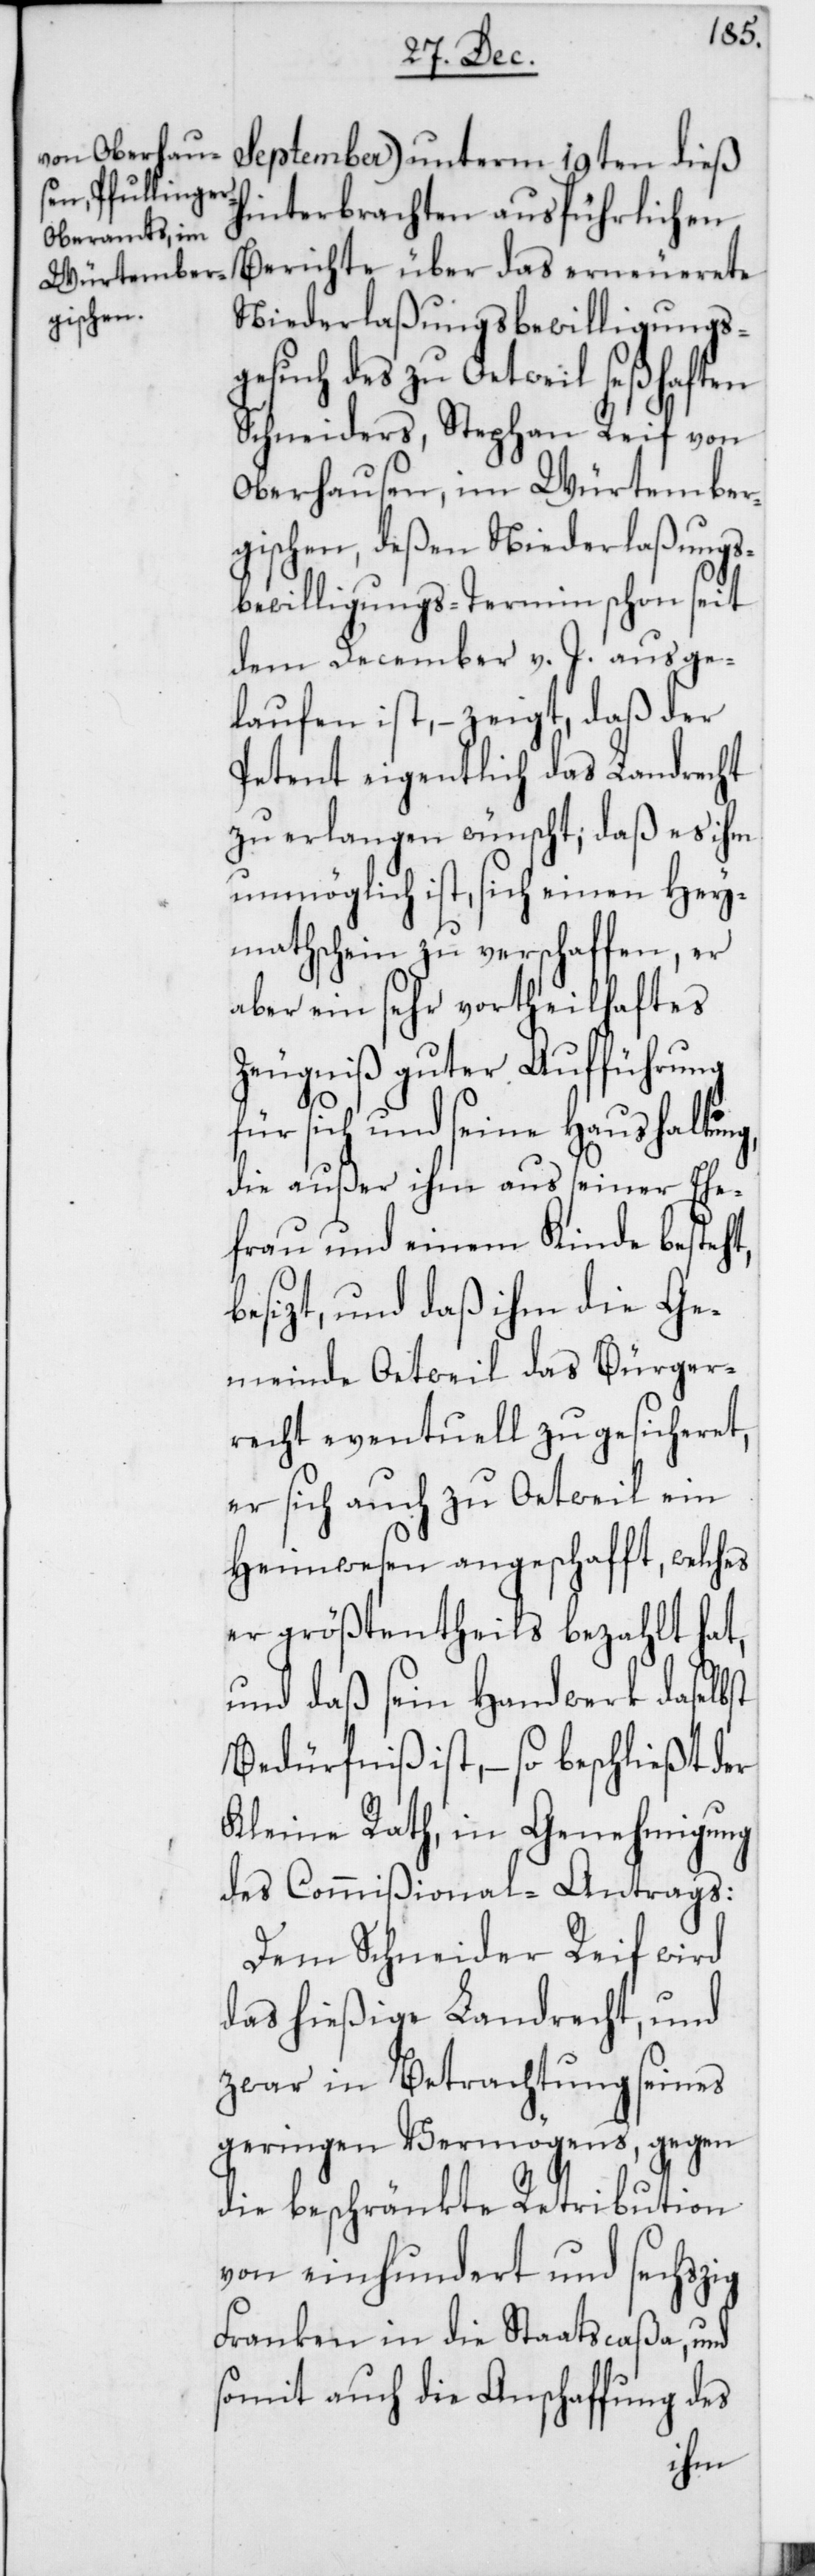
September) unterm 19ten dieß
hinterbrachten ausführlichen
Berichte über das erneuerete
Niederlaßungsbewilligungs¬
gesuch des zu Oetweil seßhaften
Schneiders, Stephan Reif von
Oberhausen, im Würtember¬
gischen, deßen Niederlaßungs¬
bewilligungs-Termin schon seit
dem December v. J. ausge¬
laufen ist, – zeigt, daß der
Petent eigentlich das Landrecht
zu erlangen wünscht; daß es ihm
unmöglich ist, sich einen Hey¬
mathschein zu verschaffen, er
aber ein sehr vortheilhaftes
Zeugniß guter Aufführung
sich und seine Haushaltung,
die außer ihm aus seiner Ehe¬
frau und einem Kinde besteht,
besizt, und daß ihm die Ge¬
meinde Oetweil das Bürger¬
recht eventuell zugesicheret,
er sich auch zu Oetweil ein
Heimwesen angeschafft, welches
er größtentheils bezahlt hat,
und daß sein Handwerk daselbst
Bedürfniß ist, – so beschließt der
Kleine Rath, in Genehmigung
des Commißional-Antrags:
Dem Schneider Reif wird
das hießige Landrecht, und
zwar in Betrachtung seines
geringen Vermögens, gegen
die beschränkte Retribution
von einhundert und sechszig
Franken in die Staatscaßa, und
somit auch die Anschaffung des